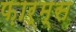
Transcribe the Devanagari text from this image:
फ़ार्म्स